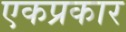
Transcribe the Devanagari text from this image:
एकप्रकार